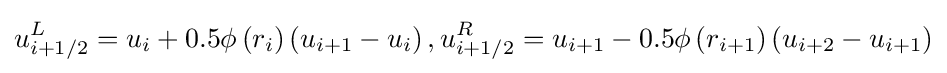
u_{i+1/2}^{L}=u_{i}+0.5\phi \left(r_{i}\right)\left(u_{i+1}-u_{i}\right),u_{i+1/2}^{R}=u_{i+1}-0.5\phi \left(r_{i+1}\right)\left(u_{i+2}-u_{i+1}\right)